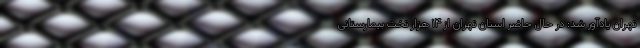
تهران یادآور شد: در حال حاضر استان تهران از ۱۴ هزار تخت بیمارستانی